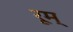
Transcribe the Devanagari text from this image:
रूम्